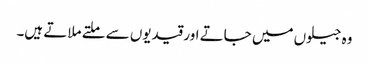
وہ جیلوں میں جاتے اور قیدیوں سے ملتے ملاتے ہیں۔